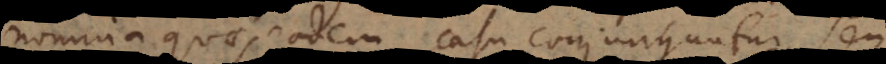
nomina quae eodem casu conjunguntur, seu